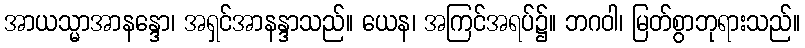
အာယသ္မာအာနန္ဒော၊ အရှင်အာနန္ဒာသည်။ ယေန၊ အကြင်အရပ်၌။ ဘဂဝါ၊ မြတ်စွာဘုရားသည်။